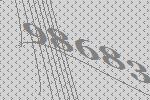
98683